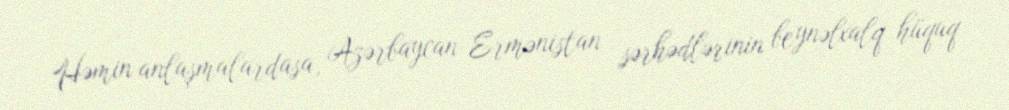
Həmin anlaşmalardasa, Azərbaycan-Ermənistan sərhədlərinin beynəlxalq hüquq